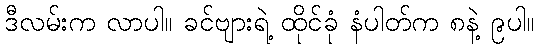
ဒီလမ်းက လာပါ။ ခင်ဗျားရဲ့ ထိုင်ခုံ နံပါတ်က ၈နဲ့ ၉ပါ။